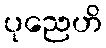
ပုညေဟိ